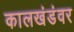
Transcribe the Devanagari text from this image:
कालखंडंवर